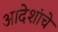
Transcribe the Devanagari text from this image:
आदेशांचे